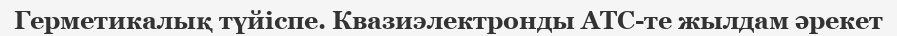
Герметикалық түйіспе. Квазиэлектронды АТС-те жылдам әрекет